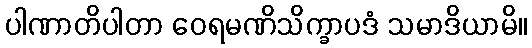
ပါဏာတိပါတာ ဝေရမဏိသိက္ခာပဒံ သမာဒိယာမိ။